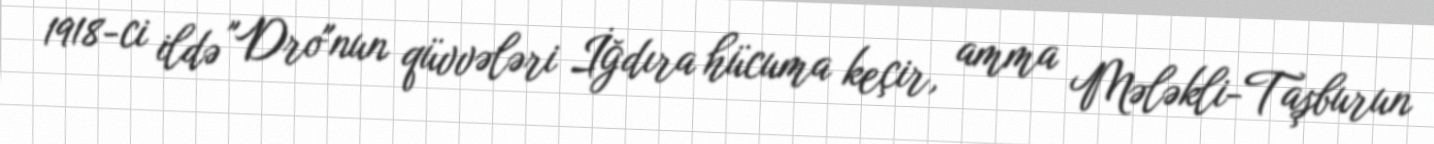
1918-ci ildə "Dro"nun qüvvələri İğdıra hücuma keçir, amma Mələkli-Taşburun